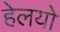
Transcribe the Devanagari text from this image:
हेलयो